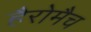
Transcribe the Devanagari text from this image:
हैरोमैच